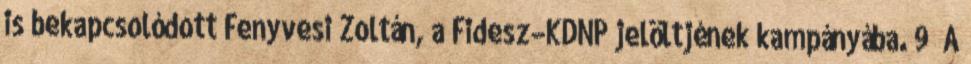
is bekapcsolódott Fenyvesi Zoltán, a Fidesz–KDNP jelöltjének kampányába. 9 A